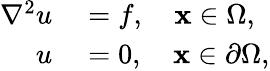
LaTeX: \begin{array}{rl}{\nabla^{2}u}&{{}=f,\quad\mathbf{x}\in\Omega,}\\ {u}&{{}=0,\quad\mathbf{x}\in\partial\Omega,}\end{array}